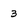
Character: 3